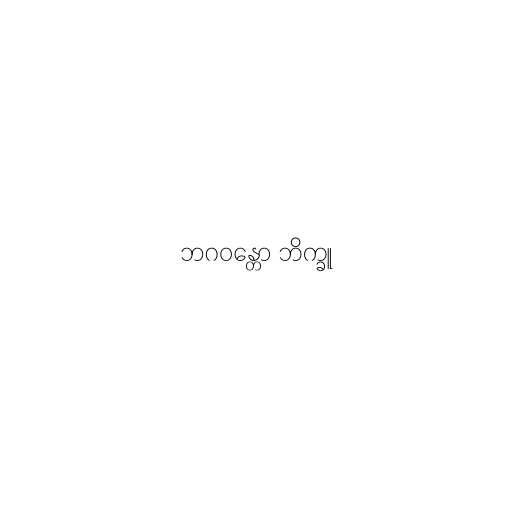
ဘဂဝန္တော ဘိက္ခူ